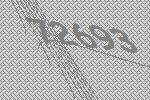
72693